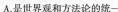
A.是世界观和方法论的统一